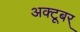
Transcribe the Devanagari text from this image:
अक्टूबर्